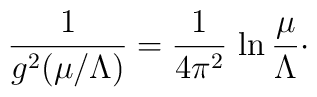
{1\over g^{2}(\mu/\Lambda)} = {1\over 4\pi^{2}}\, \ln {\mu\over\Lambda}\cdotp